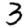
Digit: 3